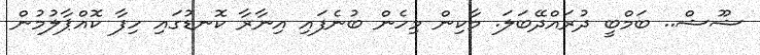
ޝޫޝް.. ބަމްބީ ދުރައްދޭބަލަ. މާކިން މިހެން ބުނެފައި އިނާރާ ކޮނޑުގައި ހިފާ ކޮއްޕާލުމުން